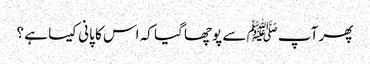
پھر آپﷺ سے پوچھا گیا کہ اس کا پانی کیسا ہے ؟